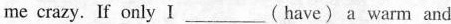
me crazy.If only I__(have) a warm and